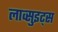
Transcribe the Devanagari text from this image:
लाव्सुइट्स